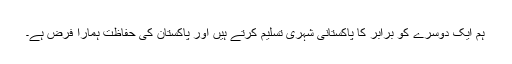
ہم ایک دوسرے کو برابر کا پاکستانی شہری تسلیم کرتے ہیں اور پاکستان کی حفاظت ہمارا فرض ہے۔